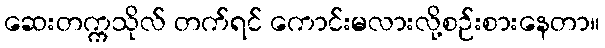
ဆေးတက္ကသိုလ် တက်ရင် ကောင်းမလားလို့စဉ်းစားနေတာ။